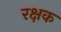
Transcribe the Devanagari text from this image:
रक्षक